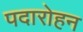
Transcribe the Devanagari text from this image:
पदारोहन